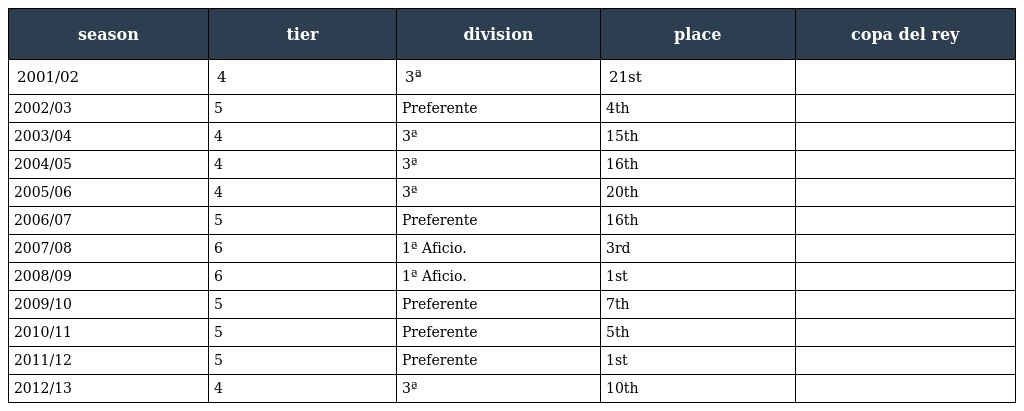
| season | tier | division | place | copa del rey |
 | --- | --- | --- | --- | --- |
 | 2001/02 | 4 | 3ª | 21st |  |
 | 2002/03 | 5 | Preferente | 4th |  |
 | 2003/04 | 4 | 3ª | 15th |  |
 | 2004/05 | 4 | 3ª | 16th |  |
 | 2005/06 | 4 | 3ª | 20th |  |
 | 2006/07 | 5 | Preferente | 16th |  |
 | 2007/08 | 6 | 1ª Aficio. | 3rd |  |
 | 2008/09 | 6 | 1ª Aficio. | 1st |  |
 | 2009/10 | 5 | Preferente | 7th |  |
 | 2010/11 | 5 | Preferente | 5th |  |
 | 2011/12 | 5 | Preferente | 1st |  |
 | 2012/13 | 4 | 3ª | 10th |  |